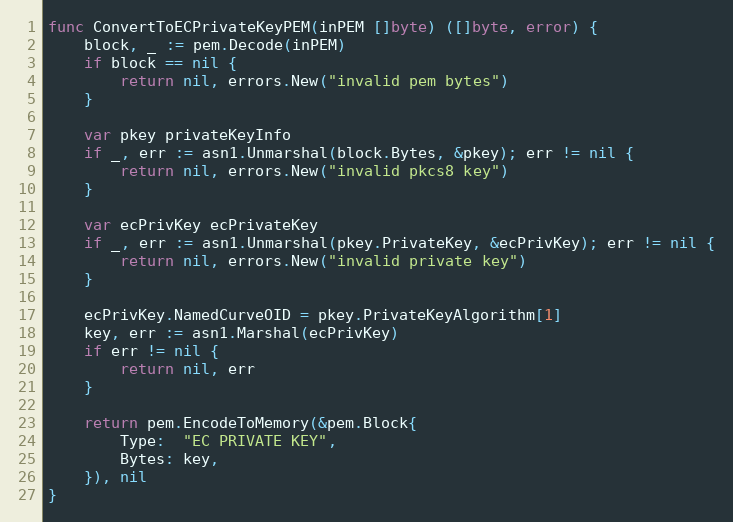
Language: Go
func ConvertToECPrivateKeyPEM(inPEM []byte) ([]byte, error) {
	block, _ := pem.Decode(inPEM)
	if block == nil {
		return nil, errors.New("invalid pem bytes")
	}

	var pkey privateKeyInfo
	if _, err := asn1.Unmarshal(block.Bytes, &pkey); err != nil {
		return nil, errors.New("invalid pkcs8 key")
	}

	var ecPrivKey ecPrivateKey
	if _, err := asn1.Unmarshal(pkey.PrivateKey, &ecPrivKey); err != nil {
		return nil, errors.New("invalid private key")
	}

	ecPrivKey.NamedCurveOID = pkey.PrivateKeyAlgorithm[1]
	key, err := asn1.Marshal(ecPrivKey)
	if err != nil {
		return nil, err
	}

	return pem.EncodeToMemory(&pem.Block{
		Type:  "EC PRIVATE KEY",
		Bytes: key,
	}), nil
}